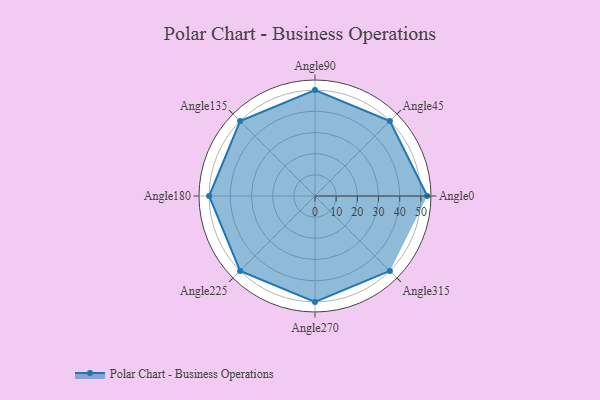
{"axis": {"x": "Angle", "y": "Radius"}, "legend": [""], "data": [{"x": "Angle0", "y": 53.0, "type": ""}, {"x": "Angle45", "y": 50, "type": ""}, {"x": "Angle90", "y": 50, "type": ""}, {"x": "Angle135", "y": 50, "type": ""}, {"x": "Angle180", "y": 50, "type": ""}, {"x": "Angle225", "y": 50, "type": ""}, {"x": "Angle270", "y": 50, "type": ""}, {"x": "Angle315", "y": 50, "type": ""}]}